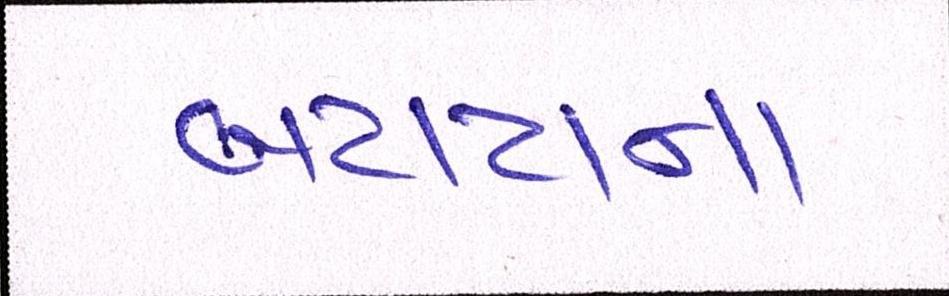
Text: બટાટાના